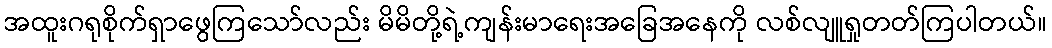
အထူးဂရုစိုက်ရှာဖွေကြသော်လည်း မိမိတို့ရဲ့ကျန်းမာရေးအခြေအနေကို လစ်လျူရှုတတ်ကြပါတယ်။